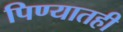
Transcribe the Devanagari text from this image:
पिण्यातही